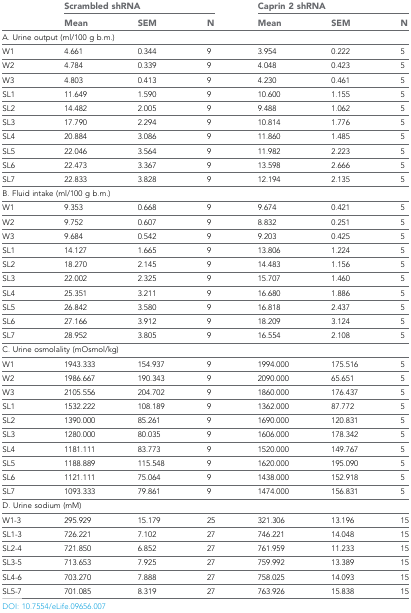
<table><thead><tr><td rowspan="2"></td><td colspan="3"><b>Scrambled shRNA</b></td><td colspan="3"><b>Caprin 2 shRNA</b></td></tr><tr><td><b>Mean</b></td><td><b>SEM</b></td><td><b>N</b></td><td><b>Mean</b></td><td><b>SEM</b></td><td><b>N</b></td></tr></thead><tbody><tr><td colspan="7">A. Urine output (ml/100 g b.m.)</td></tr><tr><td>W1</td><td>4.661</td><td>0.344</td><td>9</td><td>3.954</td><td>0.222</td><td>5</td></tr><tr><td>W2</td><td>4.784</td><td>0.339</td><td>9</td><td>4.048</td><td>0.423</td><td>5</td></tr><tr><td>W3</td><td>4.803</td><td>0.413</td><td>9</td><td>4.230</td><td>0.461</td><td>5</td></tr><tr><td>SL1</td><td>11.649</td><td>1.590</td><td>9</td><td>10.600</td><td>1.155</td><td>5</td></tr><tr><td>SL2</td><td>14.482</td><td>2.005</td><td>9</td><td>9.488</td><td>1.062</td><td>5</td></tr><tr><td>SL3</td><td>17.790</td><td>2.294</td><td>9</td><td>10.814</td><td>1.776</td><td>5</td></tr><tr><td>SL4</td><td>20.884</td><td>3.086</td><td>9</td><td>11.860</td><td>1.485</td><td>5</td></tr><tr><td>SL5</td><td>22.046</td><td>3.564</td><td>9</td><td>11.982</td><td>2.223</td><td>5</td></tr><tr><td>SL6</td><td>22.473</td><td>3.367</td><td>9</td><td>13.598</td><td>2.666</td><td>5</td></tr><tr><td>SL7</td><td>22.833</td><td>3.828</td><td>9</td><td>12.194</td><td>2.135</td><td>5</td></tr><tr><td colspan="7">B. Fluid intake (ml/100 g b.m.)</td></tr><tr><td>W1</td><td>9.353</td><td>0.668</td><td>9</td><td>9.674</td><td>0.421</td><td>5</td></tr><tr><td>W2</td><td>9.752</td><td>0.607</td><td>9</td><td>8.832</td><td>0.251</td><td>5</td></tr><tr><td>W3</td><td>9.684</td><td>0.542</td><td>9</td><td>9.203</td><td>0.425</td><td>5</td></tr><tr><td>SL1</td><td>14.127</td><td>1.665</td><td>9</td><td>13.806</td><td>1.224</td><td>5</td></tr><tr><td>SL2</td><td>18.270</td><td>2.145</td><td>9</td><td>14.483</td><td>1.156</td><td>5</td></tr><tr><td>SL3</td><td>22.002</td><td>2.325</td><td>9</td><td>15.707</td><td>1.460</td><td>5</td></tr><tr><td>SL4</td><td>25.351</td><td>3.211</td><td>9</td><td>16.680</td><td>1.886</td><td>5</td></tr><tr><td>SL5</td><td>26.842</td><td>3.580</td><td>9</td><td>16.818</td><td>2.437</td><td>5</td></tr><tr><td>SL6</td><td>27.166</td><td>3.912</td><td>9</td><td>18.209</td><td>3.124</td><td>5</td></tr><tr><td>SL7</td><td>28.952</td><td>3.805</td><td>9</td><td>16.554</td><td>2.108</td><td>5</td></tr><tr><td colspan="7">C. Urine osmolality (mOsmol/kg)</td></tr><tr><td>W1</td><td>1943.333</td><td>154.937</td><td>9</td><td>1994.000</td><td>175.516</td><td>5</td></tr><tr><td>W2</td><td>1986.667</td><td>190.343</td><td>9</td><td>2090.000</td><td>65.651</td><td>5</td></tr><tr><td>W3</td><td>2105.556</td><td>204.702</td><td>9</td><td>1860.000</td><td>176.437</td><td>5</td></tr><tr><td>SL1</td><td>1532.222</td><td>108.189</td><td>9</td><td>1362.000</td><td>87.772</td><td>5</td></tr><tr><td>SL2</td><td>1390.000</td><td>85.261</td><td>9</td><td>1690.000</td><td>120.831</td><td>5</td></tr><tr><td>SL3</td><td>1280.000</td><td>80.035</td><td>9</td><td>1606.000</td><td>178.342</td><td>5</td></tr><tr><td>SL4</td><td>1181.111</td><td>83.773</td><td>9</td><td>1520.000</td><td>149.767</td><td>5</td></tr><tr><td>SL5</td><td>1188.889</td><td>115.548</td><td>9</td><td>1620.000</td><td>195.090</td><td>5</td></tr><tr><td>SL6</td><td>1121.111</td><td>75.064</td><td>9</td><td>1438.000</td><td>152.918</td><td>5</td></tr><tr><td>SL7</td><td>1093.333</td><td>79.861</td><td>9</td><td>1474.000</td><td>156.831</td><td>5</td></tr><tr><td colspan="7">D. Urine sodium (mM)</td></tr><tr><td>W1-3</td><td>295.929</td><td>15.179</td><td>25</td><td>321.306</td><td>13.196</td><td>15</td></tr><tr><td>SL1-3</td><td>726.221</td><td>7.102</td><td>27</td><td>746.221</td><td>14.048</td><td>15</td></tr><tr><td>SL2-4</td><td>721.850</td><td>6.852</td><td>27</td><td>761.959</td><td>11.233</td><td>15</td></tr><tr><td>SL3-5</td><td>713.653</td><td>7.925</td><td>27</td><td>759.992</td><td>13.389</td><td>15</td></tr><tr><td>SL4-6</td><td>703.270</td><td>7.888</td><td>27</td><td>758.025</td><td>14.093</td><td>15</td></tr><tr><td>SL5-7</td><td>701.085</td><td>8.319</td><td>27</td><td>763.926</td><td>15.838</td><td>15</td></tr></tbody></table>